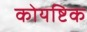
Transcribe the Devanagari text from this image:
कोयष्टिक